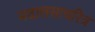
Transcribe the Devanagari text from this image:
मदालसाचरित्र